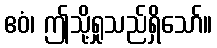
ဧဝံ၊ ဤသို့ရှုသည်ရှိသော်။